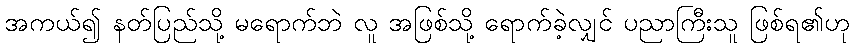
အကယ်၍ နတ်ပြည်သို့ မရောက်ဘဲ လူ အဖြစ်သို့ ရောက်ခဲ့လျှင် ပညာကြီးသူ ဖြစ်ရ၏ဟု